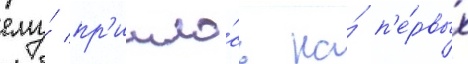
ему́ пр'ишло́сь на́ п'е́рвых